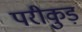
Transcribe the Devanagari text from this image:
परीकुड़